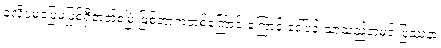
ခုလိုပဲမပြေမပြစ်ရှိတတ်စမြဲ ဖြစ်တာကတစ်ကြောင်းကြောင့် ဒေါ်ပန်းသာသည်တမင် ပြဿနာ